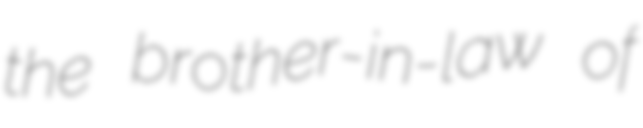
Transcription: the brother-in-law of